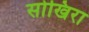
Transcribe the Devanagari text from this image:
सोखिरा